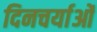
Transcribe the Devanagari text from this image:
दिनचर्याओं